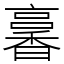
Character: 㐯